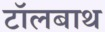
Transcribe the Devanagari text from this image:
टॉलबाथ